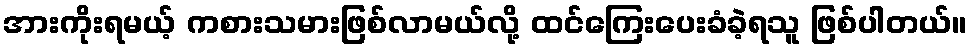
အားကိုးရမယ့် ကစားသမားဖြစ်လာမယ်လို့ ထင်ကြေးပေးခံခဲ့ရသူ ဖြစ်ပါတယ်။